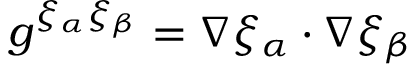
g ^ { \xi _ { \alpha } \xi _ { \beta } } = \nabla \xi _ { \alpha } \cdot \nabla \xi _ { \beta }